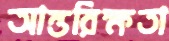
আন্তরিক্ষতা